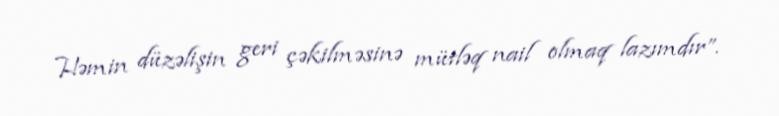
Həmin düzəlişin geri çəkilməsinə mütləq nail olmaq lazımdır”.